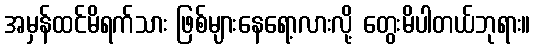
အမှန်ထင်မိရက်သား ဖြစ်များနေရော့လားလို့ တွေးမိပါတယ်ဘုရား။